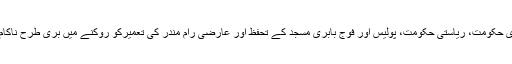
مرکزی حکومت، ریاستی حکومت، پولیس اور فوج بابری مسجد کے تحفظ اور عارضی رام مندر کی تعمیرکو روکنے میں بری طرح ناکام رہے۔